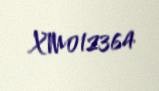
XM012364